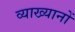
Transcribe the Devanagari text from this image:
व्‍याख्‍यानों